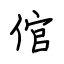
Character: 倌